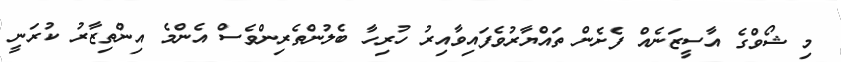
މި ޝޯވްގެ އާސީޒަނެއް ފެށެން ތައްޔާރުވެފައިވާއިރު ހުރިހާ ބެލުންތެރިންވެސް އެންމެ އިންތިޒާރު ކުރަނީ